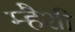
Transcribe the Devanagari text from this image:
म्हैशी